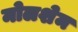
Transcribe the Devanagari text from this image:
मोलशेम